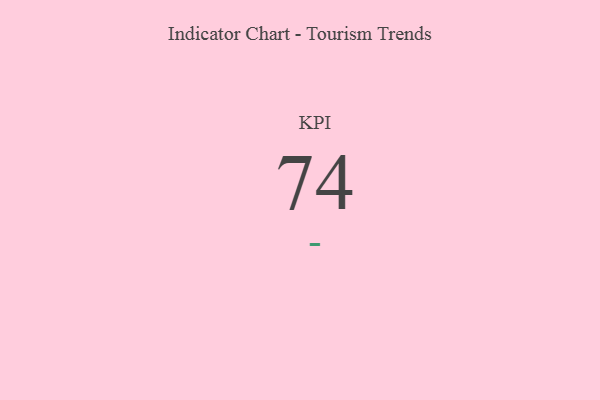
{"axis": {"x": "KPI", "y": "Value"}, "legend": [""], "data": [{"x": "KPI", "y": 74, "type": ""}]}